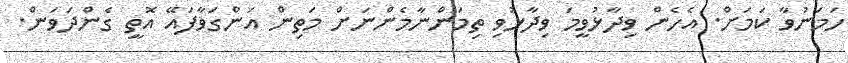
ހަމަނުވާ ކަމަށް. އެހެން ވިދާޅުވީމަ ވިދާޅުވި ތިމަންނާމެންނަށް މަތިން އަންގަވާފައޭ އޮތީ ގެންދަވަން.